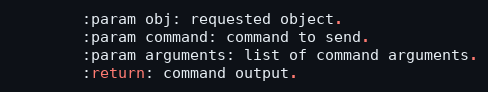
Language: Python
        :param obj: requested object.
        :param command: command to send.
        :param arguments: list of command arguments.
        :return: command output.